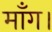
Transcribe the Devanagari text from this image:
माँग।